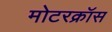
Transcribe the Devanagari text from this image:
मोटरक्रॉस